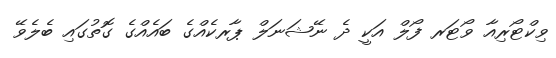
ވިކްޓޯރިއާ ވޯޓަރ ފޯލް އަކީ ދެ ނޭޝަނަލް ޕާރކެއްގެ ބައެއްގެ ގޮތުގައި ބެލެވޭ